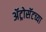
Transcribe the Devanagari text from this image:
ॲट्रोसॅटच्या